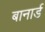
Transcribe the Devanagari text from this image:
बानार्ड